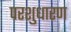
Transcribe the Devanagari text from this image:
परशुधारण